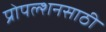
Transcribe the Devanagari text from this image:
प्रोपल्शनसाठी